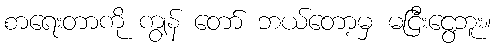
စာရေးတာကို ကျွန် တော် ဘယ်တော့မှ မငြီးငွေ့ဘူး။